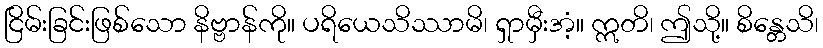
ငြိမ်းခြင်းဖြစ်သော နိဗ္ဗာန်ကို။ ပရိယေသိဿာမိ၊ ရှာမှီးအံ့။ ဣတိ၊ ဤသို့။ စိန္တေသိ၊